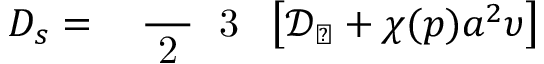
D _ { s } = \mathrm { ~ \small ~ \displaystyle ~ \frac ~ { ~ 2 ~ } ~ { ~ 3 ~ } ~ } \left[ \ensuremath { \mathcal { D } _ { \perp } } + \chi ( p ) a ^ { 2 } \upsilon \right]